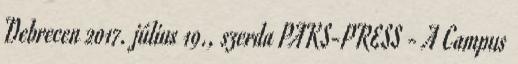
Debrecen 2017. július 19., szerda PAKS-PRESS - A Campus